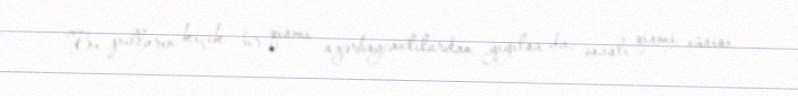
Bu pulların kiçik bir qismi azərbaycanlılardan yığılsa da, əsaslı qismi xüsisi